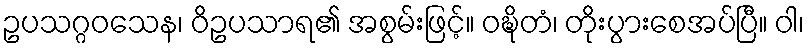
ဥပသဂ္ဂဝသေန၊ ဝိဥပသာရ၏ အစွမ်းဖြင့်။ ဝဍ္ဎိတံ၊ တိုးပွားစေအပ်ပြီ။ ဝါ၊